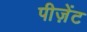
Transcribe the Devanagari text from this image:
पीज़ेंट